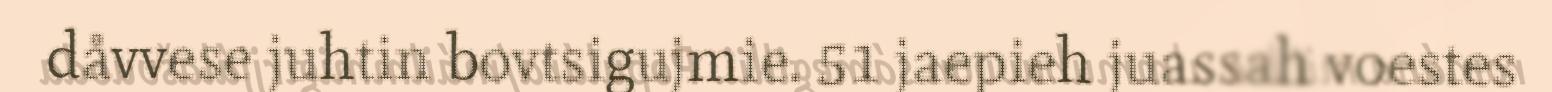
dåvvese juhtin bovtsigujmie. 51 jaepieh juassah voestes